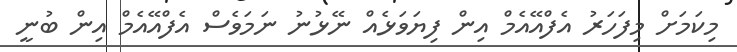
މިކަމަށް މިފަހަރު އެފްއޭއެމް އިން ފިޔަވަޅެއް ނޭޅުނު ނަމަވެސް އެފްއޭއެމް އިން ބުނީ